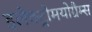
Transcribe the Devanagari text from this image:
इलेक्ट्रोमयोग्रैम्स